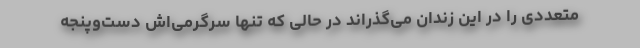
متعددی را در این زندان می‌گذراند در حالی که تنها سرگرمی‌اش دست‌وپنجه